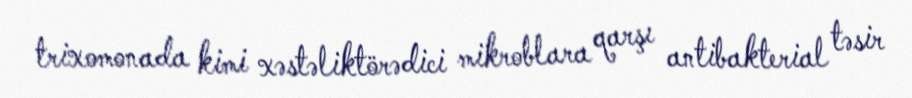
trixomonada kimi xəstəliktörədici mikroblara qarşı antibakterial təsir